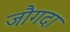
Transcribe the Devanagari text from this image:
जौगदा